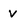
Character: v